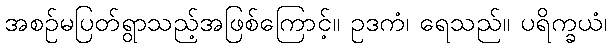
အစဉ်မပြတ်ရွာသည့်အဖြစ်ကြောင့်။ ဥဒကံ၊ ရေသည်။ ပရိက္ခယံ၊